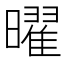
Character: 曜